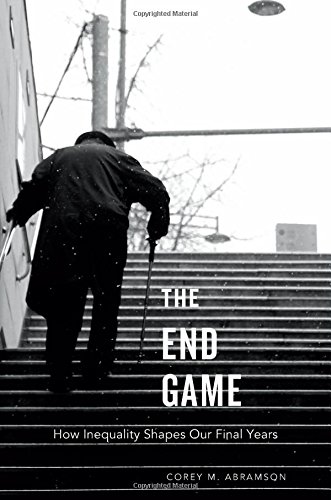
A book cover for The End Game: How Inequality Shapes Our Final Years; Corey M. Abramson; Business & Money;